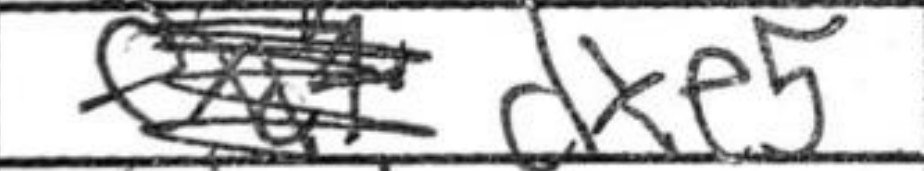
Transcription: dxe5